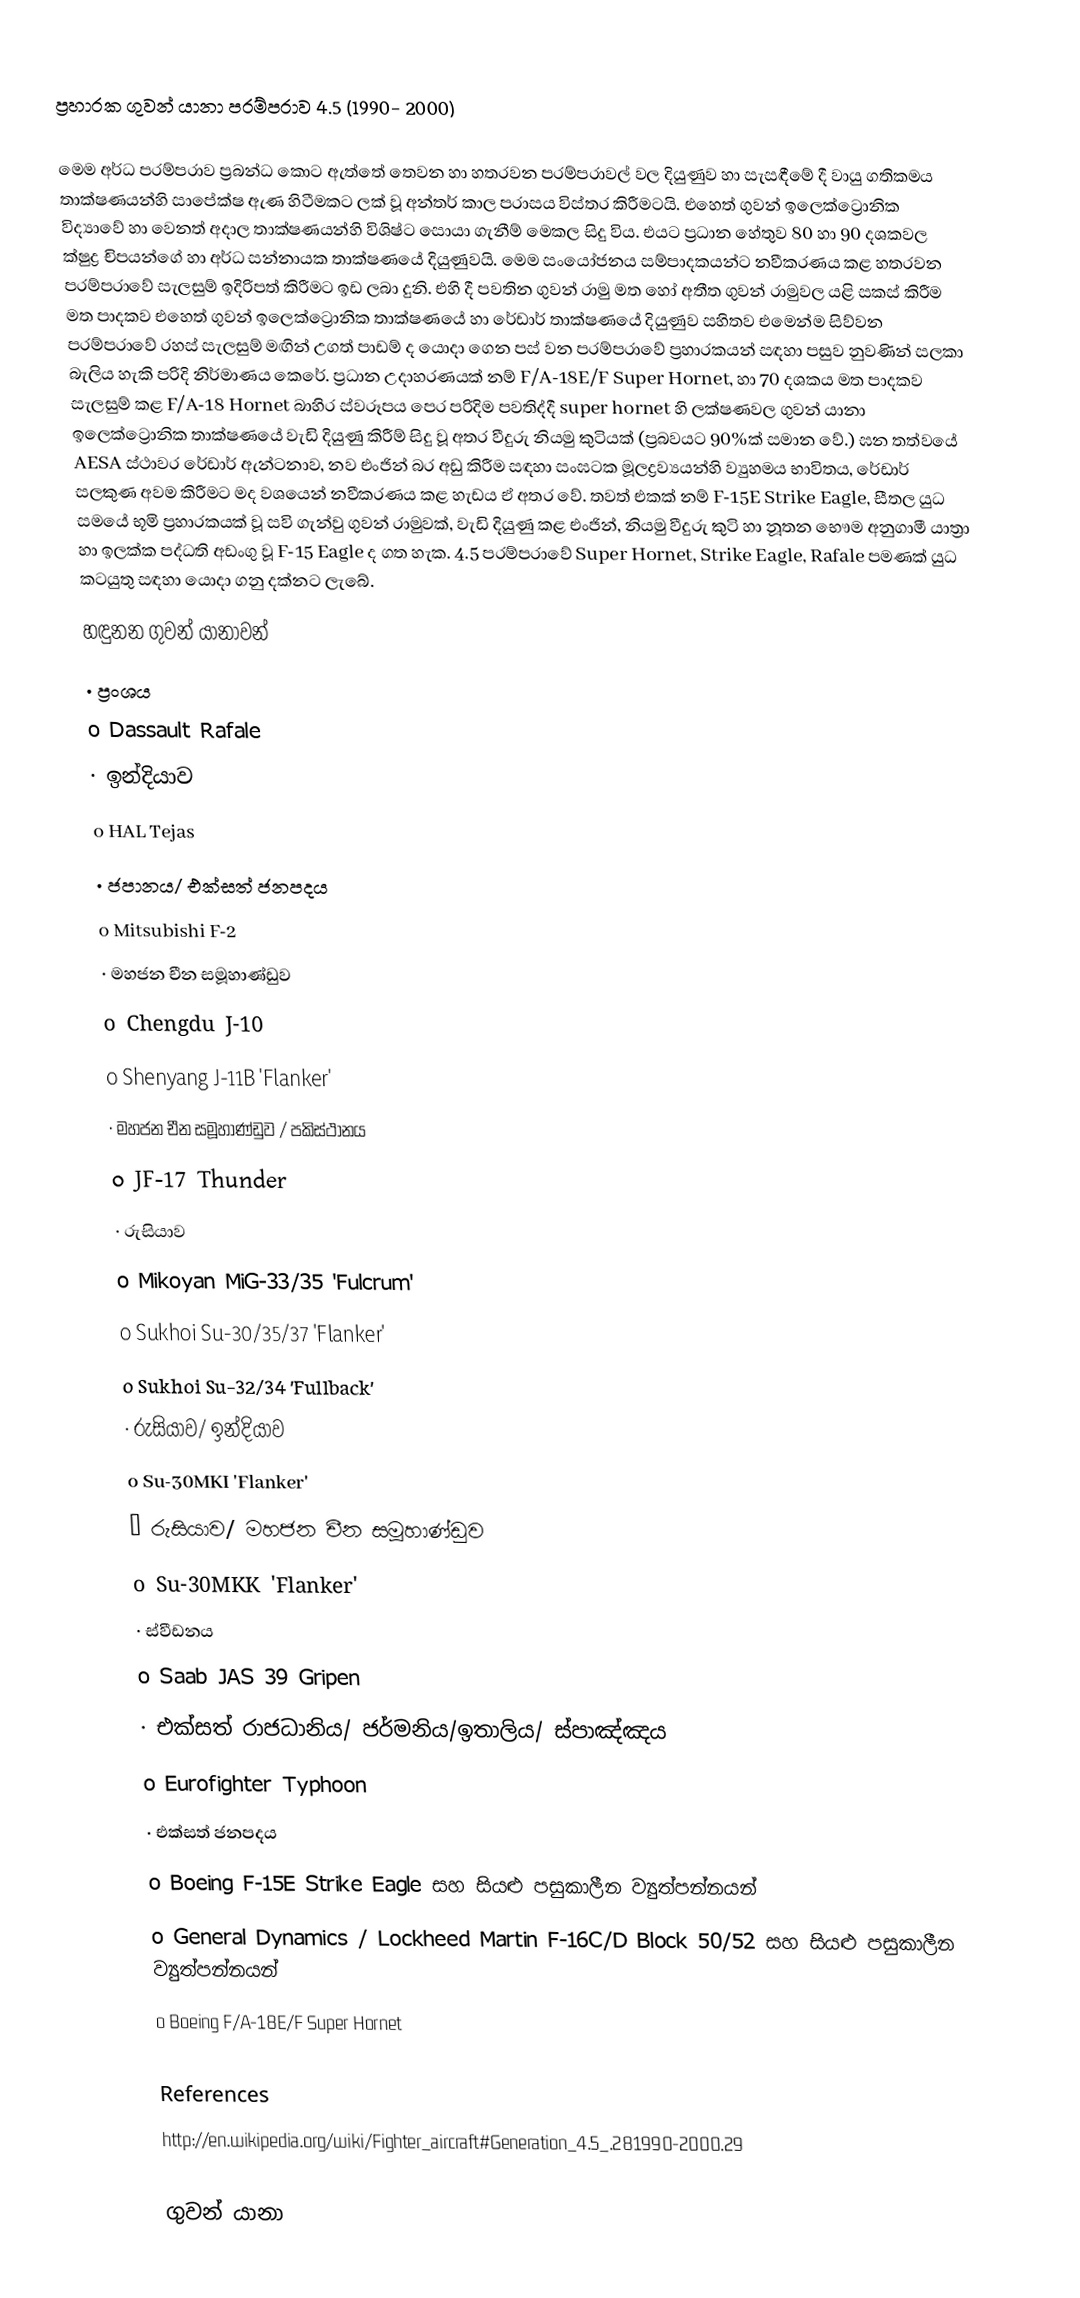
ප්‍රහාරක ගුවන් යානා පරම්පරාව 4.5 (1990- 2000)

මෙම අර්ධ පරම්පරාව ප්‍රබන්ධ කොට ඇත්තේ තෙවන හා හතරවන පරම්පරාවල් වල දියුණුව හා සැසඳීමේ දී වායු ගතිකමය තාක්ෂණයන්හි සාපේක්ෂ ඇණ හිටීමකට ලක් වූ අන්තර් කාල පරාසය විස්තර කිරීමටයි. එහෙත් ගුවන් ඉලෙක්ට්‍රොනික විද්‍යාවේ හා වෙනත් අදාල තාක්ෂණයන්හි විශිෂ්ට සොයා ගැනීම් මෙකල සිදු විය. එයට ප්‍රධාන හේතුව 80 හා 90 දශකවල ක්ෂුද්‍ර චිපයන්ගේ හා අර්ධ සන්නායක තාක්ෂණයේ දියුණුවයි. මෙම සංයෝජනය සම්පාදකයන්ට නවීකරණය කළ හතරවන පරම්පරාවේ සැලසුම් ඉදිරිපත් කිරීමට ඉඩ ලබා දුනි. එහි දී පවතින ගුවන් රාමු මත හෝ අතීත ගුවන් රාමුවල යළි සකස් කිරීම මත පාදකව එහෙත් ගුවන් ඉලෙක්ට්‍රොනික තාක්ෂණයේ හා රේඩාර් තාක්ෂණයේ දියුණුව සහිතව එමෙන්ම සිව්වන පරම්පරාවේ රහස් සැලසුම් මඟින් උගත් පාඩම් ද යොදා ගෙන පස් වන පරම්පරාවේ ප්‍රහාරකයන් සඳහා පසුව නුවණින් සලකා බැලිය හැකි පරිදි නිර්මාණය කෙරේ. ප්‍රධාන උදාහරණයක් නම් F/A-18E/F Super Hornet, හා 70 දශකය මත පාදකව සැලසුම් කළ F/A-18 Hornet බාහිර ස්වරූපය පෙර පරිදිම පවතිද්දී super hornet හි ලක්ෂණවල ගුවන් යානා ඉලෙක්ට්‍රොනික තාක්ෂණයේ වැඩි දියුණු කිරීම් සිදු වූ අතර වීදුරු නියමු කුටියක් (ප්‍රබවයට 90%ක් සමාන වේ.) ඝන තත්වයේ AESA ස්ථාවර රේඩාර් ඇන්ටනාව, නව එංජින් බර අඩු කිරීම සඳහා සංඝටක මූලද්‍රව්‍යයන්හි ව්‍යුහමය භාවිතය, රේඩාර් සලකුණ අවම කිරීමට මද වශයෙන් නවීකරණය කළ හැඩය ඒ අතර වේ. තවත් එකක් නම් F-15E Strike Eagle, සීතල යුධ සමයේ භූමි ප්‍රහාරකයක් වූ සවි ගැන්වු ගුවන් රාමුවක්, වැඩි දියුණු කළ එංජින්, නියමු වීදුරු කුටි හා නූතන භෞම අනුගාමී යාත්‍රා හා ඉලක්ක පද්ධති අඩංගු වූ  F-15 Eagle ද ගත හැක. 4.5 පරම්පරාවේ Super Hornet, Strike Eagle, Rafale  පමණක් යුධ කටයුතු සඳහා යොදා ගනු දක්නට ලැබේ.
හඳුනන ගුවන් යානාවන්
·	 ප්‍රංශය
o	Dassault Rafale
·	ඉන්දියාව
o	HAL Tejas
·	ජපානය/ එක්සත් ජනපදය
o	Mitsubishi F-2
·	 මහජන චීන සමූහාණ්ඩුව
o	Chengdu J-10
o	Shenyang J-11B 'Flanker'
·	 මහජන චීන සමූහාණ්ඩුව / පකිස්ථානය
o	JF-17 Thunder
·	 රුසියාව
o	Mikoyan MiG-33/35 'Fulcrum'
o	Sukhoi Su-30/35/37 'Flanker'
o	Sukhoi Su-32/34 'Fullback'
·	 රුසියාව/ ඉන්දියාව
o	Su-30MKI 'Flanker'
·	 රුසියාව/ මහජන චීන සමූහාණ්ඩුව
o	Su-30MKK 'Flanker'
·	 ස්වීඩනය
o	Saab JAS 39 Gripen
·	 එක්සත් රාජධානිය/ ජර්මනිය/ඉතාලිය/ ස්පාඤ්ඤය
o	Eurofighter Typhoon
·	 එක්සත් ජනපදය
o	Boeing F-15E Strike Eagle සහ සියළු පසුකාලීන ව්‍යුත්පන්නයන්
o	General Dynamics / Lockheed Martin F-16C/D Block 50/52 සහ සියළු පසුකාලීන ව්‍යුත්පන්නයන්
o	Boeing F/A-18E/F Super Hornet

References
http://en.wikipedia.org/wiki/Fighter_aircraft#Generation_4.5_.281990-2000.29

ගුවන් යානා